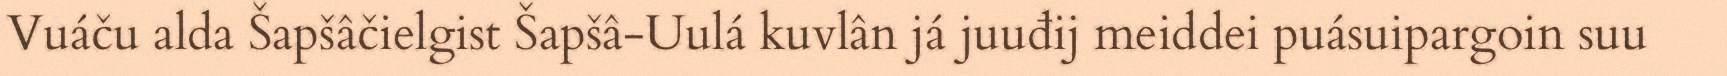
Vuáču alda Šapšâčielgist Šapšâ-Uulá kuvlân já juuđij meiddei puásuipargoin suu